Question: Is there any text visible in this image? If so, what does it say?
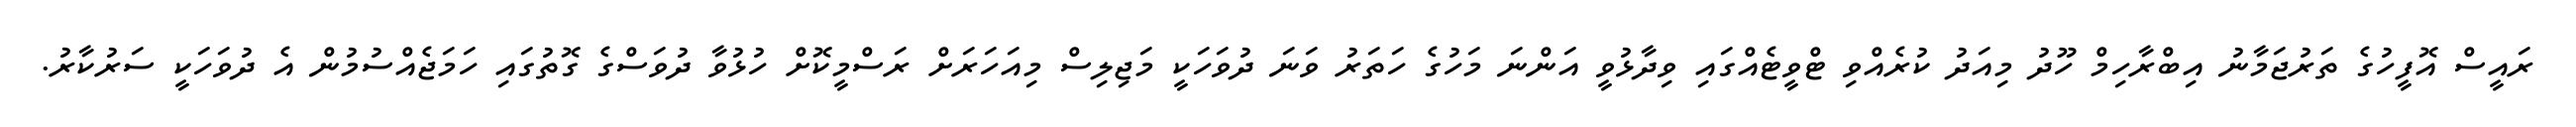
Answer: ރައީސް އޮފީހުގެ ތަރުޖަމާނު އިބްރާހިމް ހޫދު މިއަދު ކުރެއްވި ޓްވީޓެއްގައި ވިދާޅުވީ އަންނަ މަހުގެ ހަތަރު ވަނަ ދުވަހަކީ މަޖިލިސް މިއަހަރަށް ރަސްމީކޮށް ހުޅުވާ ދުވަސްގެ ގޮތުގައި ހަމަޖެއްސުމުން އެ ދުވަހަކީ ސަރުކާރު.